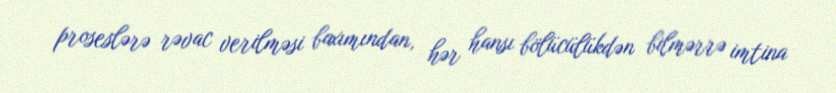
proseslərə rəvac verilməsi baxımından, hər hansı bölücülükdən bilmərrə imtina